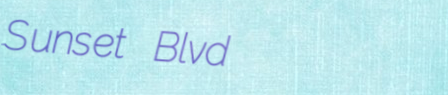
Sunset Blvd